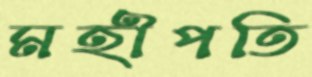
মহীপতি